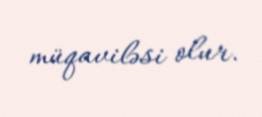
müqaviləsi olur.